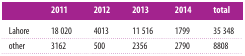
<table><thead><tr><td></td><td><b>2011</b></td><td><b>2012</b></td><td><b>2013</b></td><td><b>2014</b></td><td><b>total</b></td></tr></thead><tbody><tr><td>Lahore</td><td>18 020</td><td>4013</td><td>11 516</td><td>1799</td><td>35 348</td></tr><tr><td>other</td><td>3162</td><td>500</td><td>2356</td><td>2790</td><td>8808</td></tr></tbody></table>